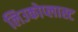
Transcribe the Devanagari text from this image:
लिउकोप्लास्ट